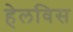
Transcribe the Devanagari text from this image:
हेलविस